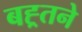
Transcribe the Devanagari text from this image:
बह्र्तने